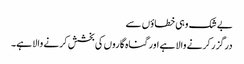
بے شک وہی خطاؤں سے
درگزر کرنے والا ہے اور گناہ گاروں کی بخشش کرنے والا ہے۔